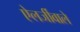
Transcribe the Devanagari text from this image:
ऐलर्जीवाले